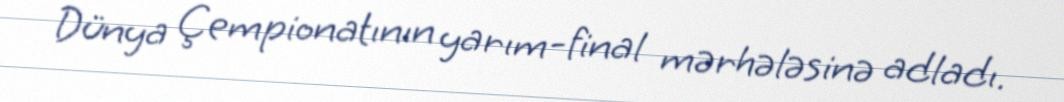
Dünya Çempionatının yarım-final mərhələsinə adladı.